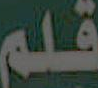
قلم